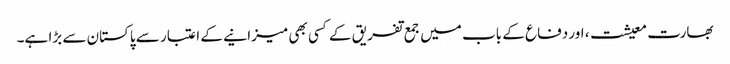
بھارت معیشت، اور دفاع کے باب میں جمع تفریق کے کسی بھی میزانیے کے اعتبار سے پاکستان سے بڑا ہے۔